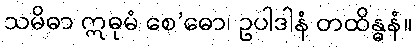
သမိဓာ ဣဓုမံ စေ’ဓော၊ ဥပါဒါနံ တထိန္ဓနံ။